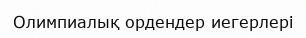
Олимпиалық ордендер иегерлері